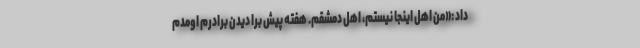
داد :«من اهل اینجا نیستم، اهل دمشقم. هفته پیش برا دیدن برادرم اومدم